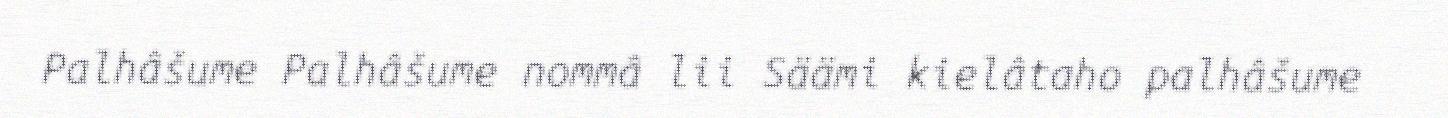
Palhâšume Palhâšume nommâ lii Säämi kielâtaho palhâšume